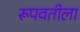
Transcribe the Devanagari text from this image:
रूपवतीला